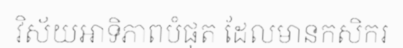
វិស័យអាទិភាពបំផុត ដែលមានកសិករ